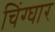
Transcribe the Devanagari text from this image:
चिंग्घार